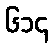
၆၁၄